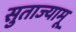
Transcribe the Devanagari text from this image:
सुताज्यामू